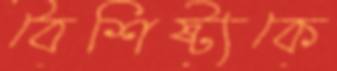
বৈশিষ্ট্যকে